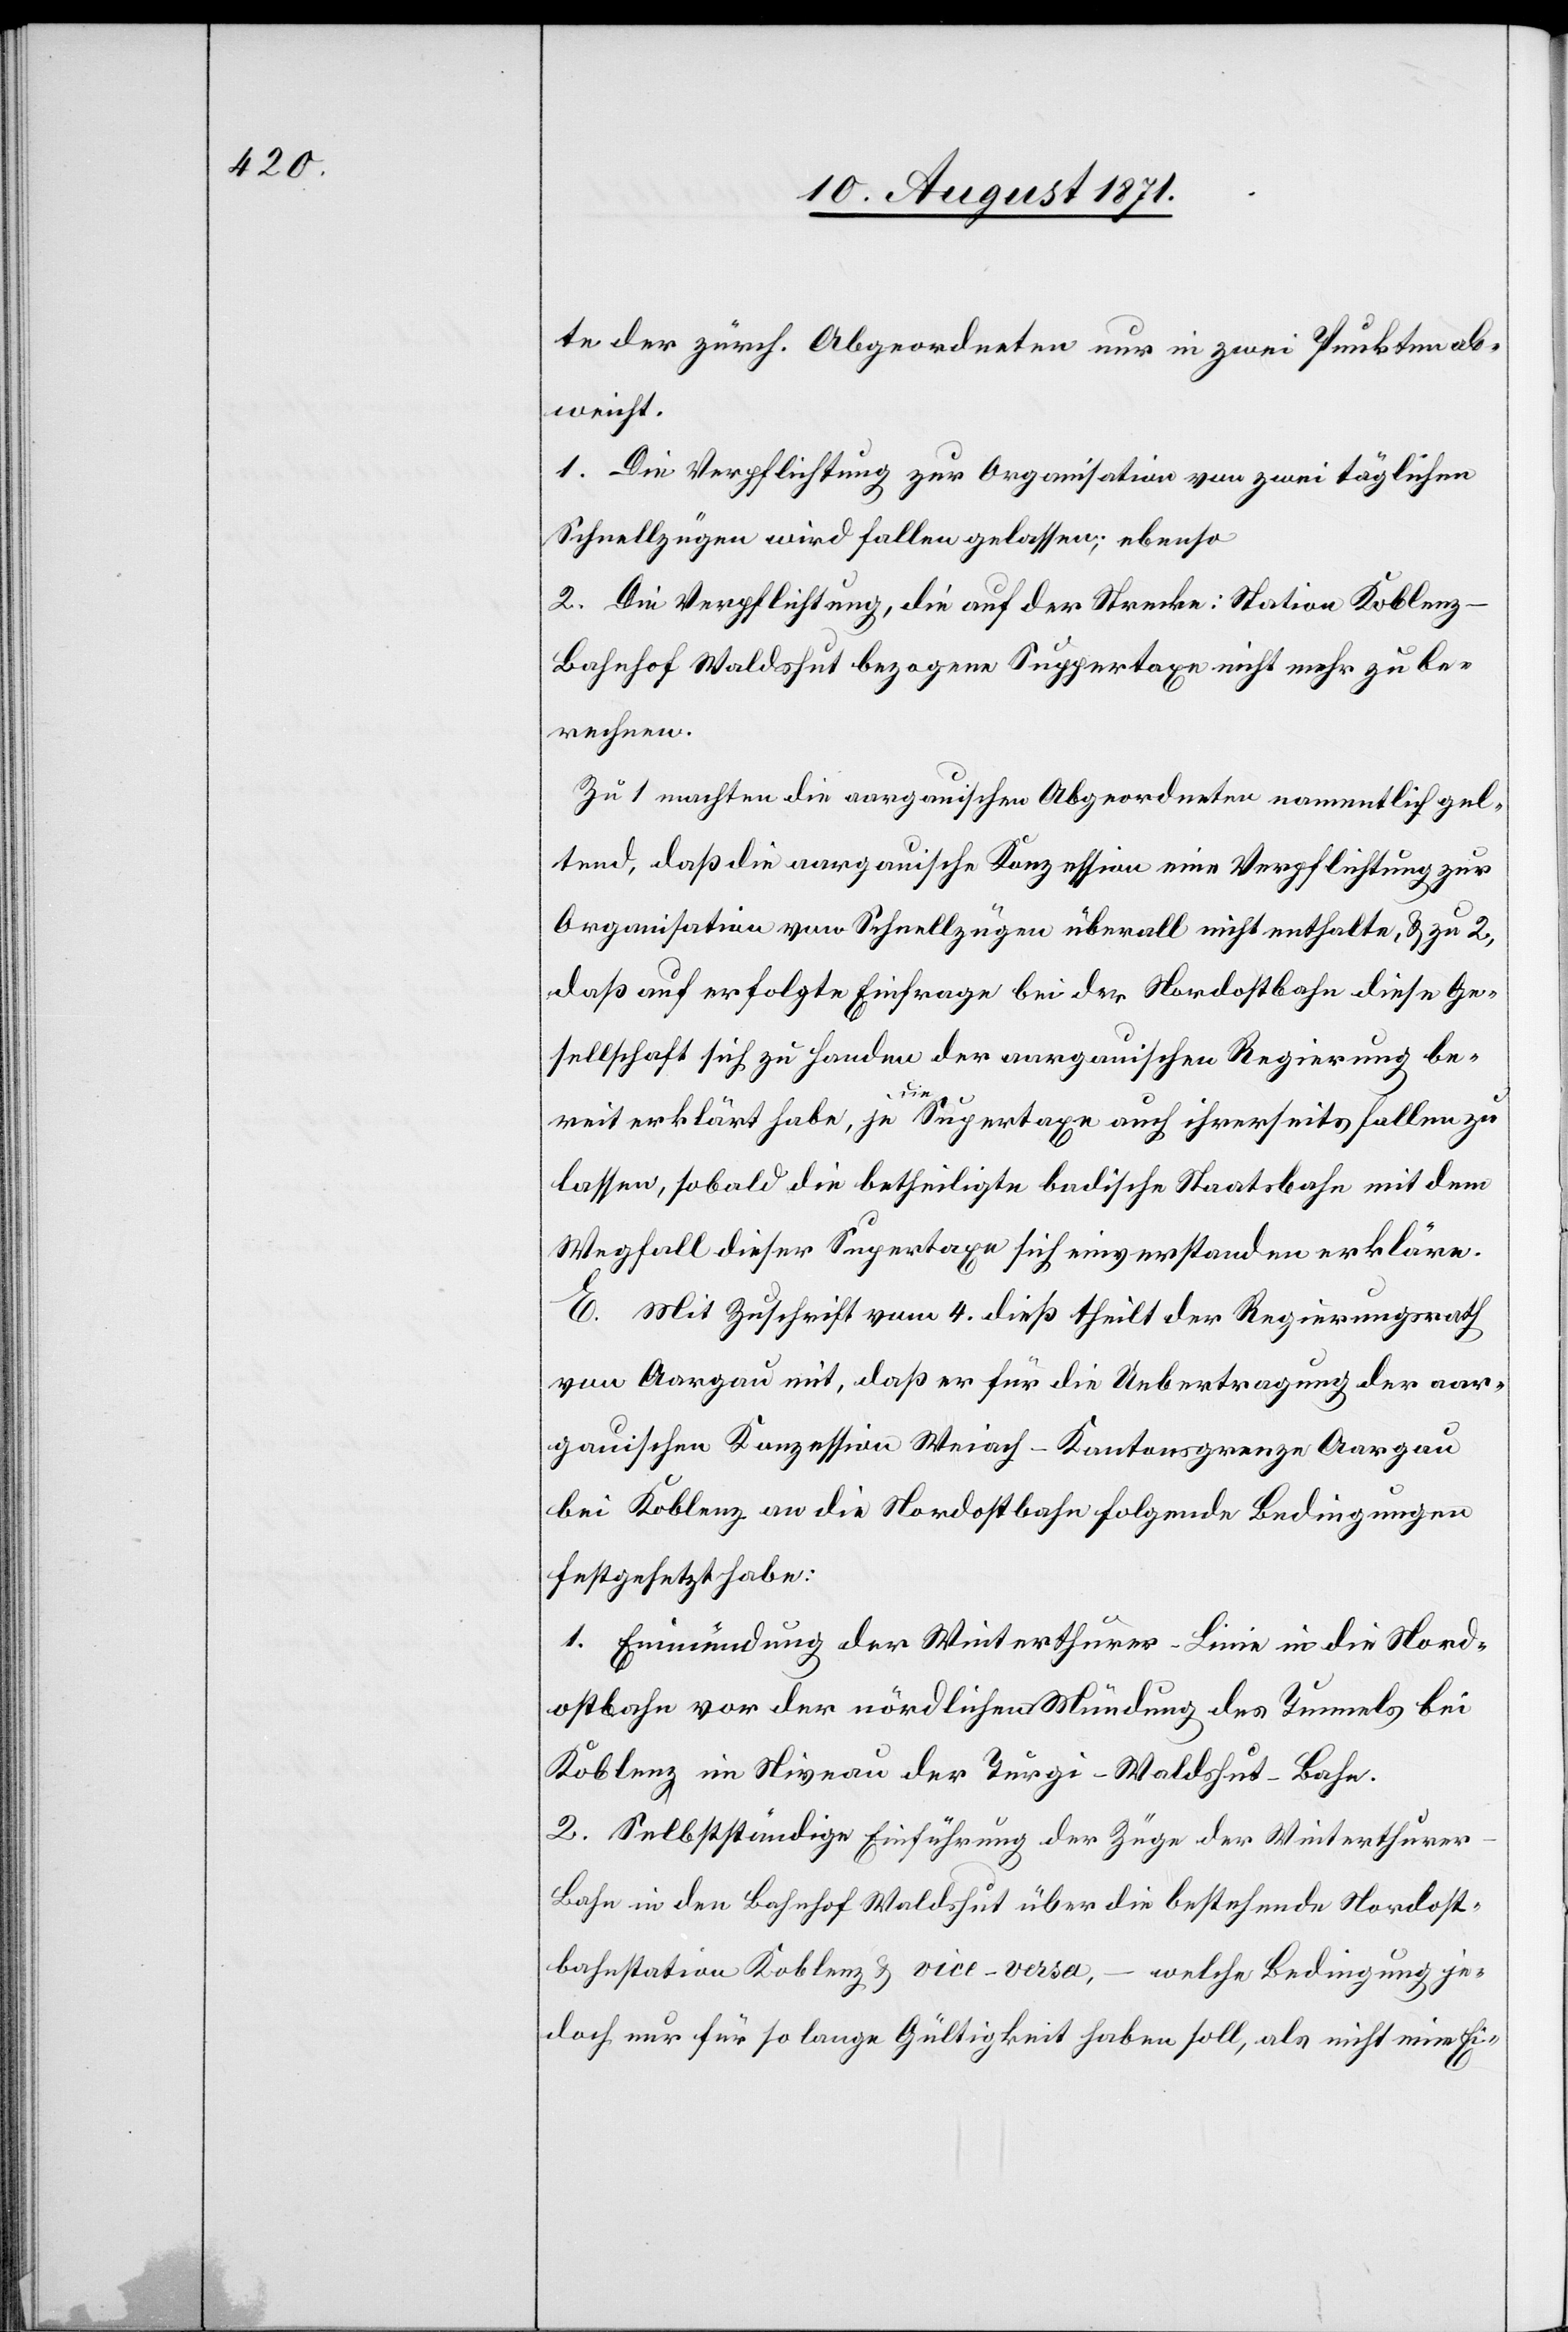
te der zürch. Abgeordneten nur in zwei Punkten ab¬
weicht.
1. Die Verpflichtung zur Organisation von zwei täglichen
Schnellzügen wird fallen gelassen; ebenso
2. Die Verpflichtung, die auf der Strecke: Station Koblenz–B¬
ahnhof Waldshut bezogenen Supertaxen nicht mehr zu be¬
rechnen.
Zu 1 machten die aargauischen Abgeordneten namentlich gel¬
tend, daß die aargauische Konzession eine Verpflichtung zur
Organisation von Schnellzügen überall nicht enthalte, & zu 2,
daß auf erfolgte Einfrage bei der Nordostbahn diese Ge¬
sellschaft sich zu Handen der aargauischen Regierung be¬
reit erklärt habe, je die Supertaxe auch ihrerseits fallen zu
lassen, sobald die betheiligte badische Staatsbahn mit dem
Wegfall dieser Supertaxen sich einverstanden erkläre.
E. Mit Zuschrift vom 4. dieß theilt der Regierungsrath
von Aargau mit, daß er für die Uebertragung der aar¬
gauischen Konzession Weiach-Kantonsgrenze Aargau
bei Koblenz an die Nordostbahn folgende Bedingungen
festgesetzt habe:
1. Einmündung der Winterthurer-Linie in die Nord¬
ostbahn von der nördlichen Mündung des Tunnels bei
Koblenz im Niveau der Turgi–Waldshut-Bahn.
2. Selbstständige Einführung der Züge der Winterthure¬
r-Bahn in den Bahnhof Waldshut über die bestehende Nordost¬
bahnstation Koblenz & vice-versa, – welche Bedingung je¬
doch nur für so lange Gültigkeit haben soll, als nicht eine Ei-